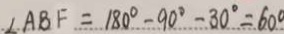
\angle A B F = 1 8 0 ^ { \circ } - 9 0 ^ { \circ } - 3 0 ^ { \circ } = 6 0 ^ { \circ }